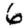
Digit: 6